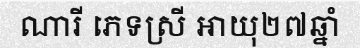
ណារី ភេទស្រី អាយុ២៧ឆ្នាំ